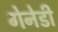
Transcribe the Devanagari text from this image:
गेनेडी